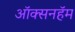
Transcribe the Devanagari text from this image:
ऑक्सनहॅम